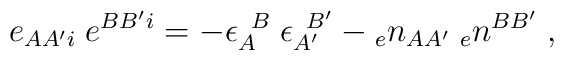
e_{AA'i} \; e^{BB'i}=-\epsilon_{A}^{\; \; B} \;\epsilon_{A'}^{\; \; B'}-{_{e}n_{AA'}} \; {_{e}n^{BB'}} \; ,